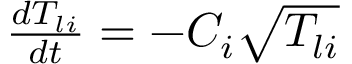
\begin{array} { r } { \frac { d T _ { l i } } { d t } = - C _ { i } \sqrt { T _ { l i } } } \end{array}